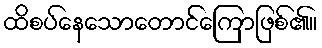
ထိစပ်နေသောတောင်ကြောဖြစ်၏။